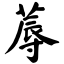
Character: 蓐